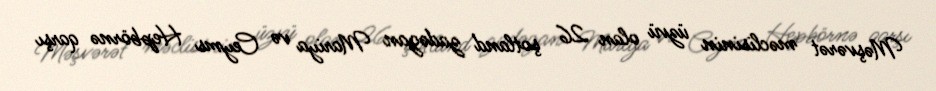
Məşvərət məclisinin üzvü olan 26 şotland zadəgan Mariya və Ceyms Hepbörnə qarşı